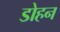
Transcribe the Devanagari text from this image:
डोहन